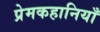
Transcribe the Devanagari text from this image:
प्रेमकहानियाँ